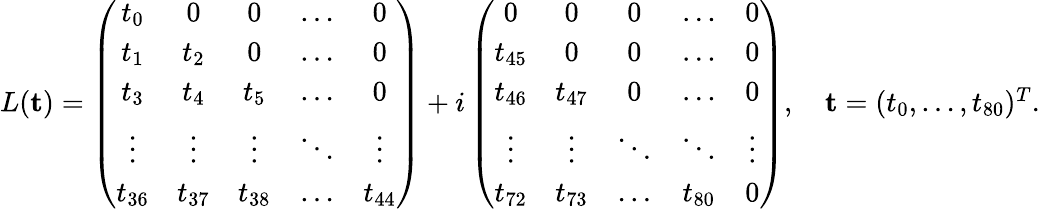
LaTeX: \begin{array}{r}{L({\mathbf t})=\left(\begin{array}{cccccc}{t_{0}}&{0}&{0}&{\dots}&{0}\\ {t_{1}}&{t_{2}}&{0}&{\dots}&{0}\\ {t_{3}}&{t_{4}}&{t_{5}}&{\dots}&{0}\\ {\vdots}&{\vdots}&{\vdots}&{\ddots}&{\vdots}\\ {t_{36}}&{t_{37}}&{t_{38}}&{\dots}&{t_{44}}\end{array}\right)+i\left(\begin{array}{ccccccc}{0}&{0}&{0}&{\dots}&{0}\\ {t_{45}}&{0}&{0}&{\dots}&{0}\\ {t_{46}}&{t_{47}}&{0}&{\dots}&{0}\\ {\vdots}&{\vdots}&{\ddots}&{\ddots}&{\vdots}\\ {t_{72}}&{t_{73}}&{\dots}&{t_{80}}&{0}\end{array}\right),\quad{\mathbf t}=(t_{0},\dots,t_{80})^{T}.}\end{array}